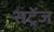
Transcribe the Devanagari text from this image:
सट्रेंज